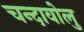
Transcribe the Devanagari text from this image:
चन्दावोलु